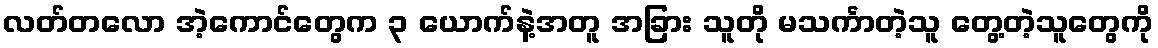
လတ်တလော အဲ့ကောင်တွေက ၃ ယောက်နဲ့အတူ အခြား သူတို မသင်္ကာတဲ့သူ တွေ့တဲ့သူတွေကို